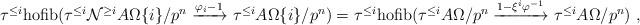
LaTeX: \begin{align*}\tau^{\leq i} \mathrm{hofib}(\tau^{\leq i}\mathcal N^{\geq i}A\Omega\{i\}/p^n\xrightarrow{\varphi_i-1} \tau^{\leq i} A\Omega\{i\}/p^n) = \tau^{\leq i} \mathrm{hofib}(\tau^{\leq i}A\Omega/p^n\xrightarrow{1-\xi^i\varphi^{-1}} \tau^{\leq i} A\Omega/p^n)\ ,\end{align*}